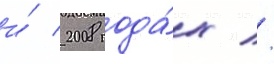
и́ 2008 года́х //